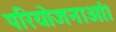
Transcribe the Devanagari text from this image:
परियोजनाओं।